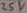
Text: 25VµF